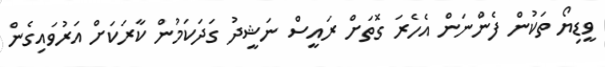
ވީޑިޔޯ ތަކުން ފެންނަން އެހެރަ ގޮތަށް ރައީސް ނަޝީދު ގަދަކަމުން ކާރަކަށް އަރުވައިގެން